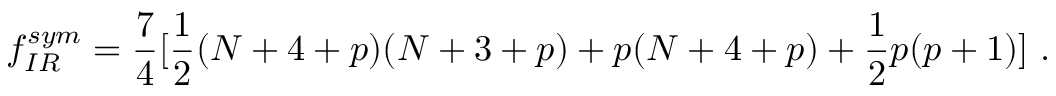
f _ { I R } ^ { s y m } = \frac { 7 } { 4 } [ \frac { 1 } { 2 } ( N + 4 + p ) ( N + 3 + p ) + p ( N + 4 + p ) + \frac { 1 } { 2 } p ( p + 1 ) ] \ .